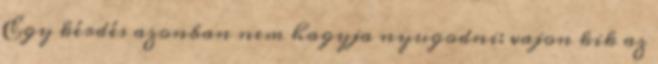
Egy kérdés azonban nem hagyja nyugodni: vajon kik az